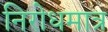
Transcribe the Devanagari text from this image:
निरोधमात्र